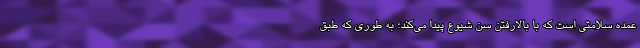
عمده سلامتی است که با بالارفتن سن شیوع پیدا می‌کند؛ به‌ طوری که طبق